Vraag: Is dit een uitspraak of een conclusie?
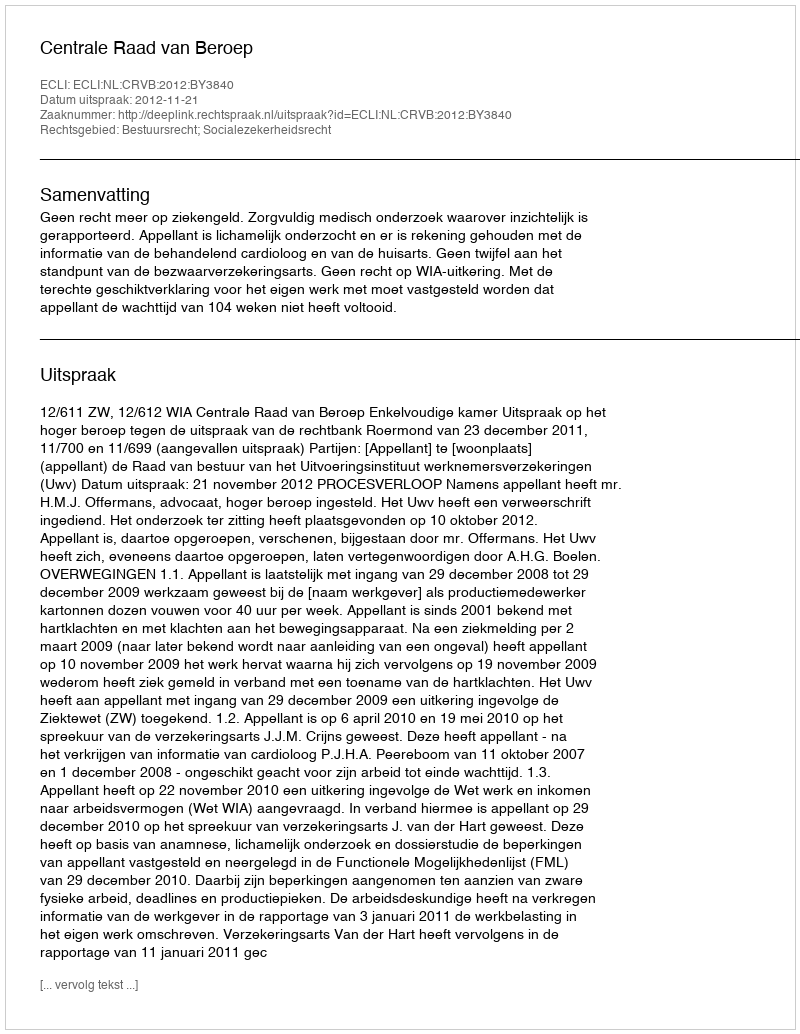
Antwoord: Uitspraak